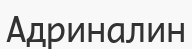
Адриналин